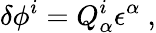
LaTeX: \delta\phi^{i}=Q_{\alpha}^{i}\epsilon^{\alpha}\ ,